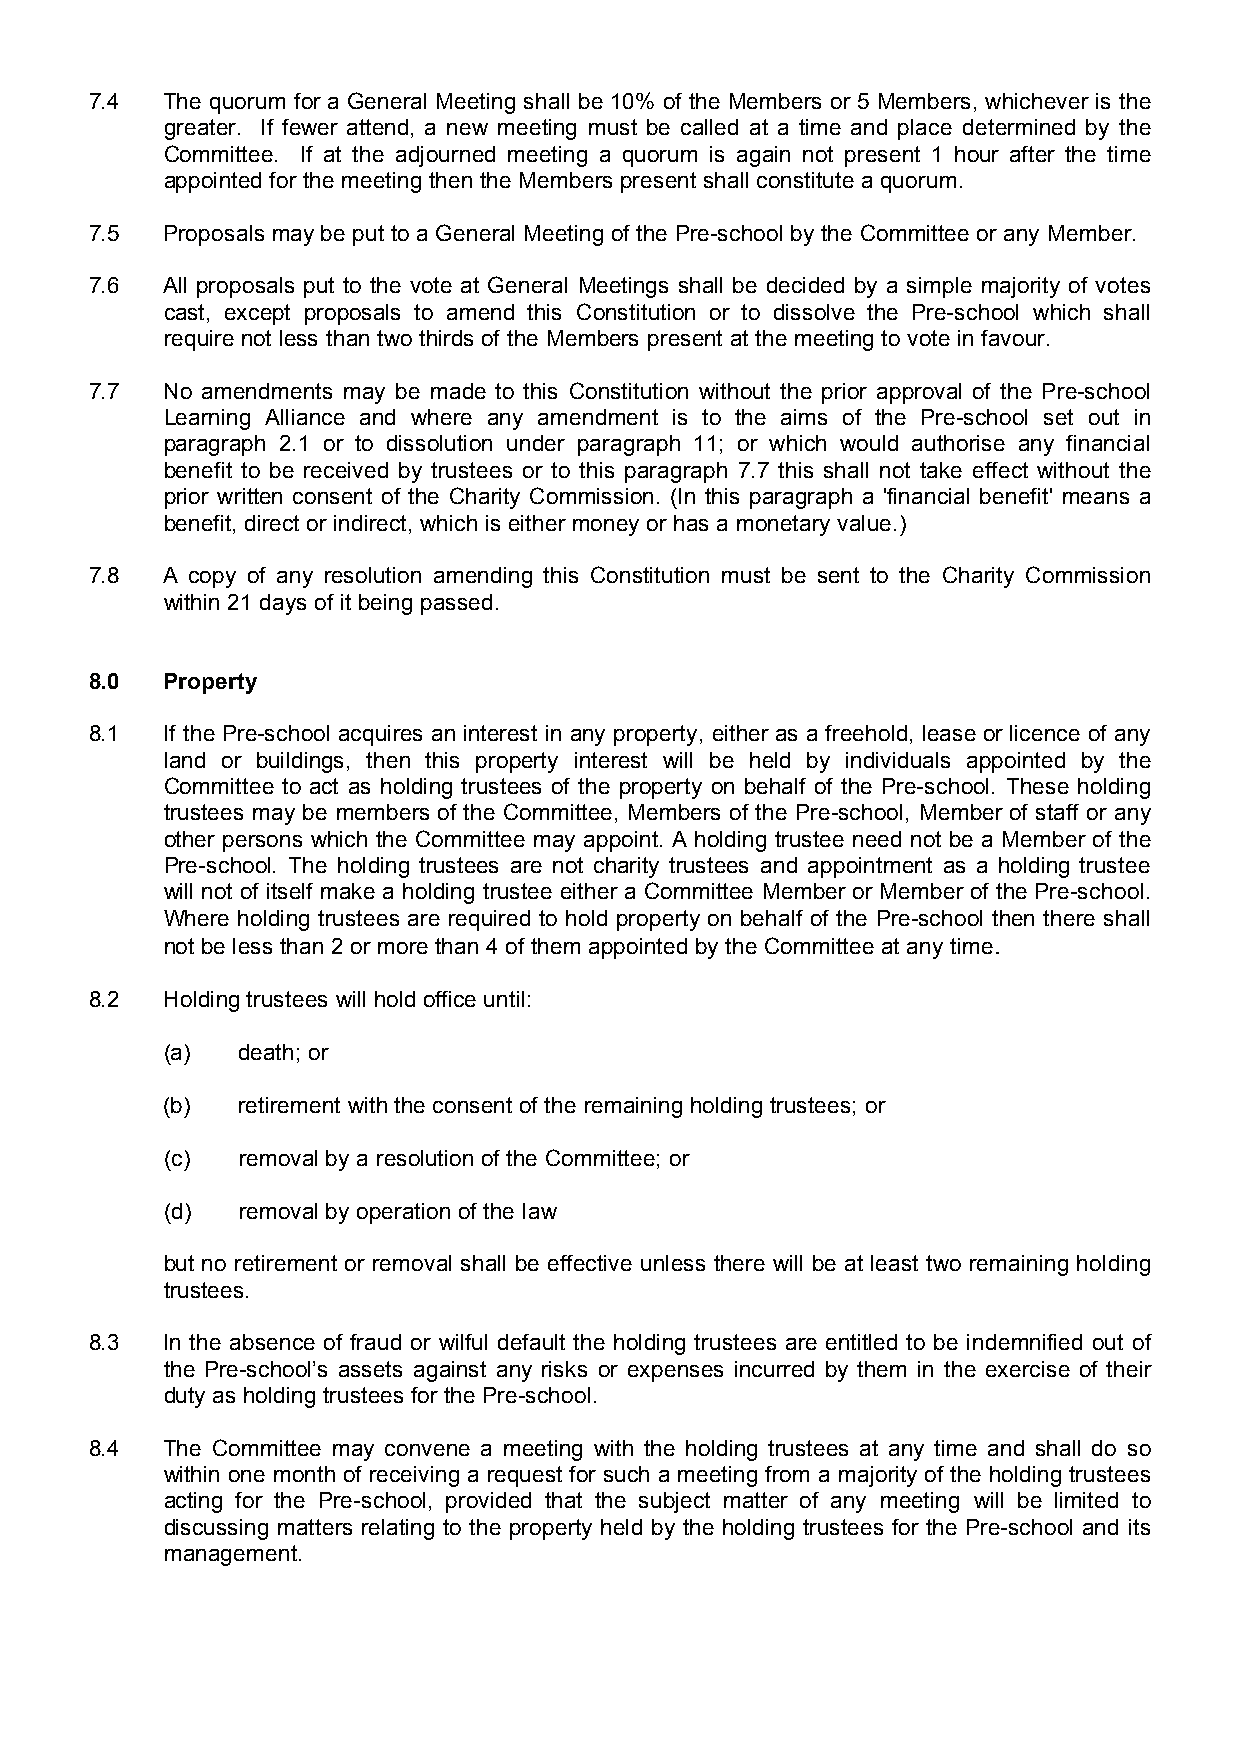
7.4  The quorum for a General Meeting shall be 10% of the Members or 5 Members, whichever is the
 greater. If fewer attend, a new meeting must be called at a time and place determined by the
 Committee. If at the adjourned meeting a quorum is again not present 1 hour after the time
 appointed for the meeting then the Members present shall constitute a quorum.
 7.5  Proposals may be put to a General Meeting of the Pre-school by the Committee or any Member.
 7.6  All proposals put to the vote at General Meetings shall be decided by a simple majority of votes
 cast, except proposals to amend this Constitution or to dissolve the Pre-school which shall
 require not less than two thirds of the Members present at the meeting to vote in favour.
 7.7  No amendments may be made to this Constitution without the prior approval of the Pre-school
 Learning Alliance and where any amendment is to the aims of the Pre-school set out in
 paragraph 2.1 or to dissolution under paragraph 11; or which would authorise any financial
 benefit to be received by trustees or to this paragraph 7.7 this shall not take effect without the
 prior written consent of the Charity Commission. (In this paragraph a 'financial benefit' means a
 benefit, direct or indirect, which is either money or has a monetary value.)
 7.8  A copy of any resolution amending this Constitution must be sent to the Charity Commission
 within 21 days of it being passed.
 8.0  Property
 8.1  If the Pre-school acquires an interest in any property, either as a freehold, lease or licence of any
 land or buildings, then this property interest will be held by individuals appointed by the
 Committee to act as holding trustees of the property on behalf of the Pre-school. These holding
 trustees may be members of the Committee, Members of the Pre-school, Member of staff or any
 other persons which the Committee may appoint. A holding trustee need not be a Member of the
 Pre-school. The holding trustees are not charity trustees and appointment as a holding trustee
 will not of itself make a holding trustee either a Committee Member or Member of the Pre-school.
 Where holding trustees are required to hold property on behalf of the Pre-school then there shall
 not be less than 2 or more than 4 of them appointed by the Committee at any time.
 8.2  Holding trustees will hold office until:
 (a)  death; or
 (b)  retirement with the consent of the remaining holding trustees; or
 (c)  removal by a resolution of the Committee; or
 (d)  removal by operation of the law
 but no retirement or removal shall be effective unless there will be at least two remaining holding
 trustees.
 8.3  In the absence of fraud or wilful default the holding trustees are entitled to be indemnified out of
 the Pre-school’s assets against any risks or expenses incurred by them in the exercise of their
 duty as holding trustees for the Pre-school.
 8.4  The Committee may convene a meeting with the holding trustees at any time and shall do so
 within one month of receiving a request for such a meeting from a majority of the holding trustees
 acting for the Pre-school, provided that the subject matter of any meeting will be limited to
 discussing matters relating to the property held by the holding trustees for the Pre-school and its
 management.